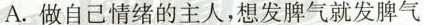
A.做自己情绪的主人，想发脾气就发脾气